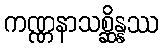
ကဏ္ဏနာသစ္ဆိန္နဿ